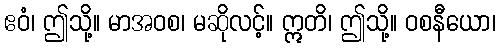
ဧဝံ၊ ဤသို့။ မာအဝစ၊ မဆိုလင့်။ ဣတိ၊ ဤသို့။ ဝစနီယော၊